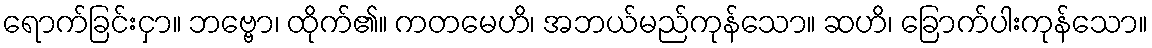
ရောက်ခြင်းငှာ။ ဘဗ္ဗော၊ ထိုက်၏။ ကတမေဟိ၊ အဘယ်မည်ကုန်သော။ ဆဟိ၊ ခြောက်ပါးကုန်သော။